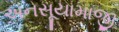
અનસૂયામાજી